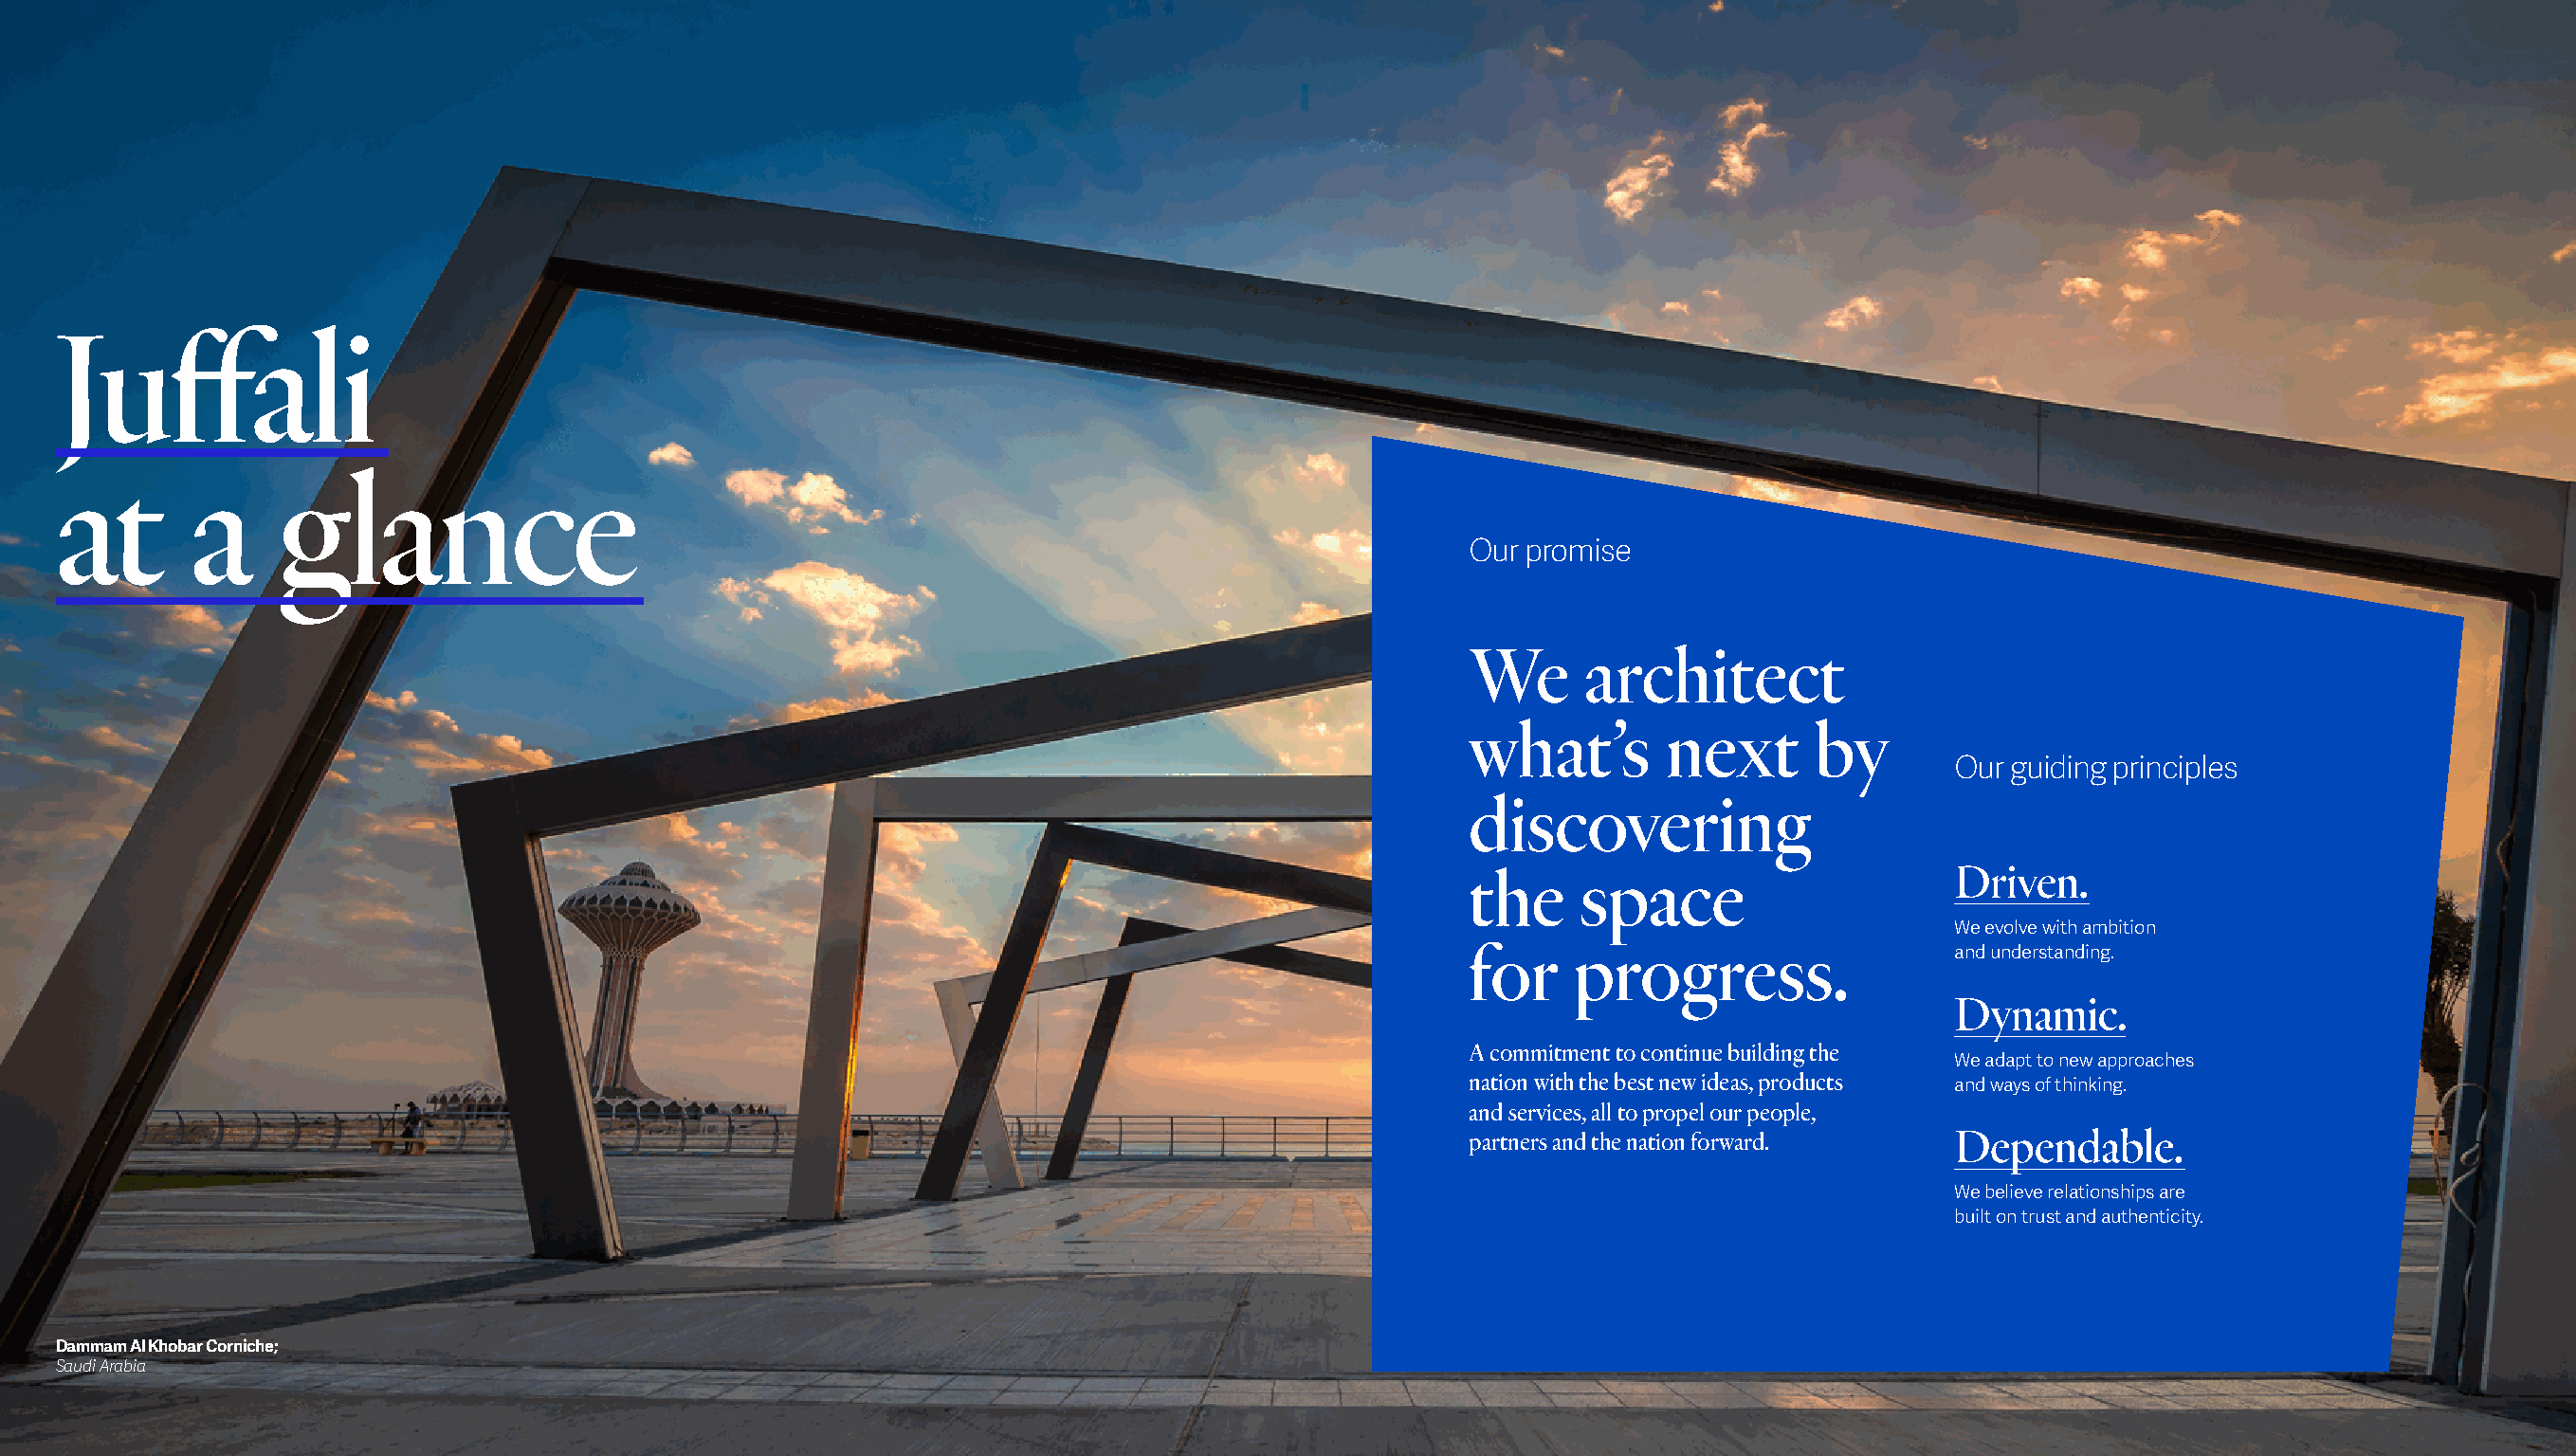
Juffali
 at       a     glance
 Our promise
 We      architect
 what’s       next       by
 Our guiding principles
 discovering
 the    space                     Driven.
 We evolve with ambition
 for    progress.                 and understanding.
 Dynamic.
 A commitment to continue building the
 We adapt to new approaches
 nation with the best new ideas, products and ways of thinking.
 and services, all to propel our people,
 partners and the nation forward. Dependable.
 We believe relationships are
 built on trust and authenticity.
 Dammam Al Khobar Corniche;
 Saudi Arabia
 7                                                                                                                                                                          8